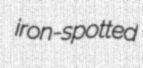
iron-spotted